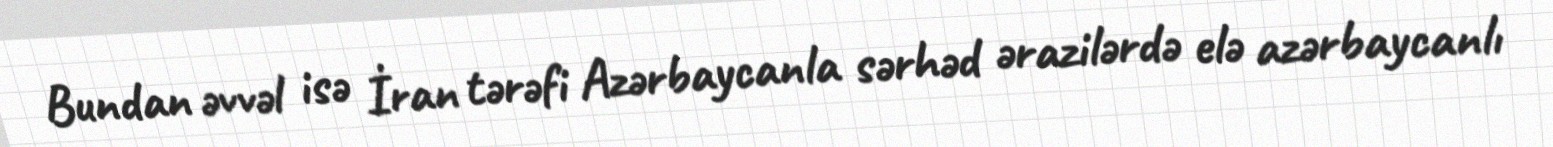
Bundan əvvəl isə İran tərəfi Azərbaycanla sərhəd ərazilərdə elə azərbaycanlı